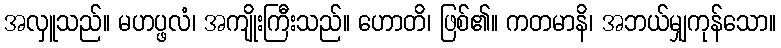
အလှူသည်။ မဟပ္ဖလံ၊ အကျိုးကြီးသည်။ ဟောတိ၊ ဖြစ်၏။ ကတမာနိ၊ အဘယ်မျှကုန်သော။